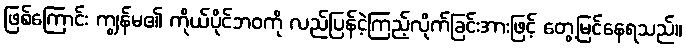
ဖြစ်ကြောင်း ကျွန်မ၏ ကိုယ်ပိုင်ဘဝကို လည်ပြန်ငဲ့ကြည့်လိုက်ခြင်းအားဖြင့် တွေ့မြင်နေရသည်။